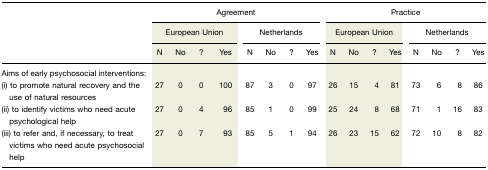
|  | <COLSPAN=8> Agreement | <COLSPAN=8> Practice |
 |  | <COLSPAN=4> European Union | <COLSPAN=4> Netherlands | <COLSPAN=4> European Union | <COLSPAN=4> Netherlands |
 |  | N | No | ? | Yes | N | No | ? | Yes | N | No | ? | Yes | N | No | ? | Yes |
 | --- | --- | --- | --- | --- | --- | --- | --- | --- | --- | --- | --- | --- | --- | --- | --- | --- |
 | Aims of early psychosocial interventions: |  |  |  |  |  |  |  |  |  |  |  |  |  |  |  |  |
 | (i) to promote natural recovery and the use of natural resources | 27 | 0 | 0 | 100 | 87 | 3 | 0 | 97 | 26 | 15 | 4 | 81 | 73 | 6 | 8 | 86 |
 | (ii) to identify victims who need acute psychological help | 27 | 0 | 4 | 96 | 85 | 1 | 0 | 99 | 25 | 24 | 8 | 68 | 71 | 1 | 16 | 83 |
 | (iii) to refer and, if necessary, to treat victims who need acute psychosocial help | 27 | 0 | 7 | 93 | 85 | 5 | 1 | 94 | 26 | 23 | 15 | 62 | 72 | 10 | 8 | 82 |